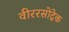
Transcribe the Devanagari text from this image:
वीररसोद्रेक